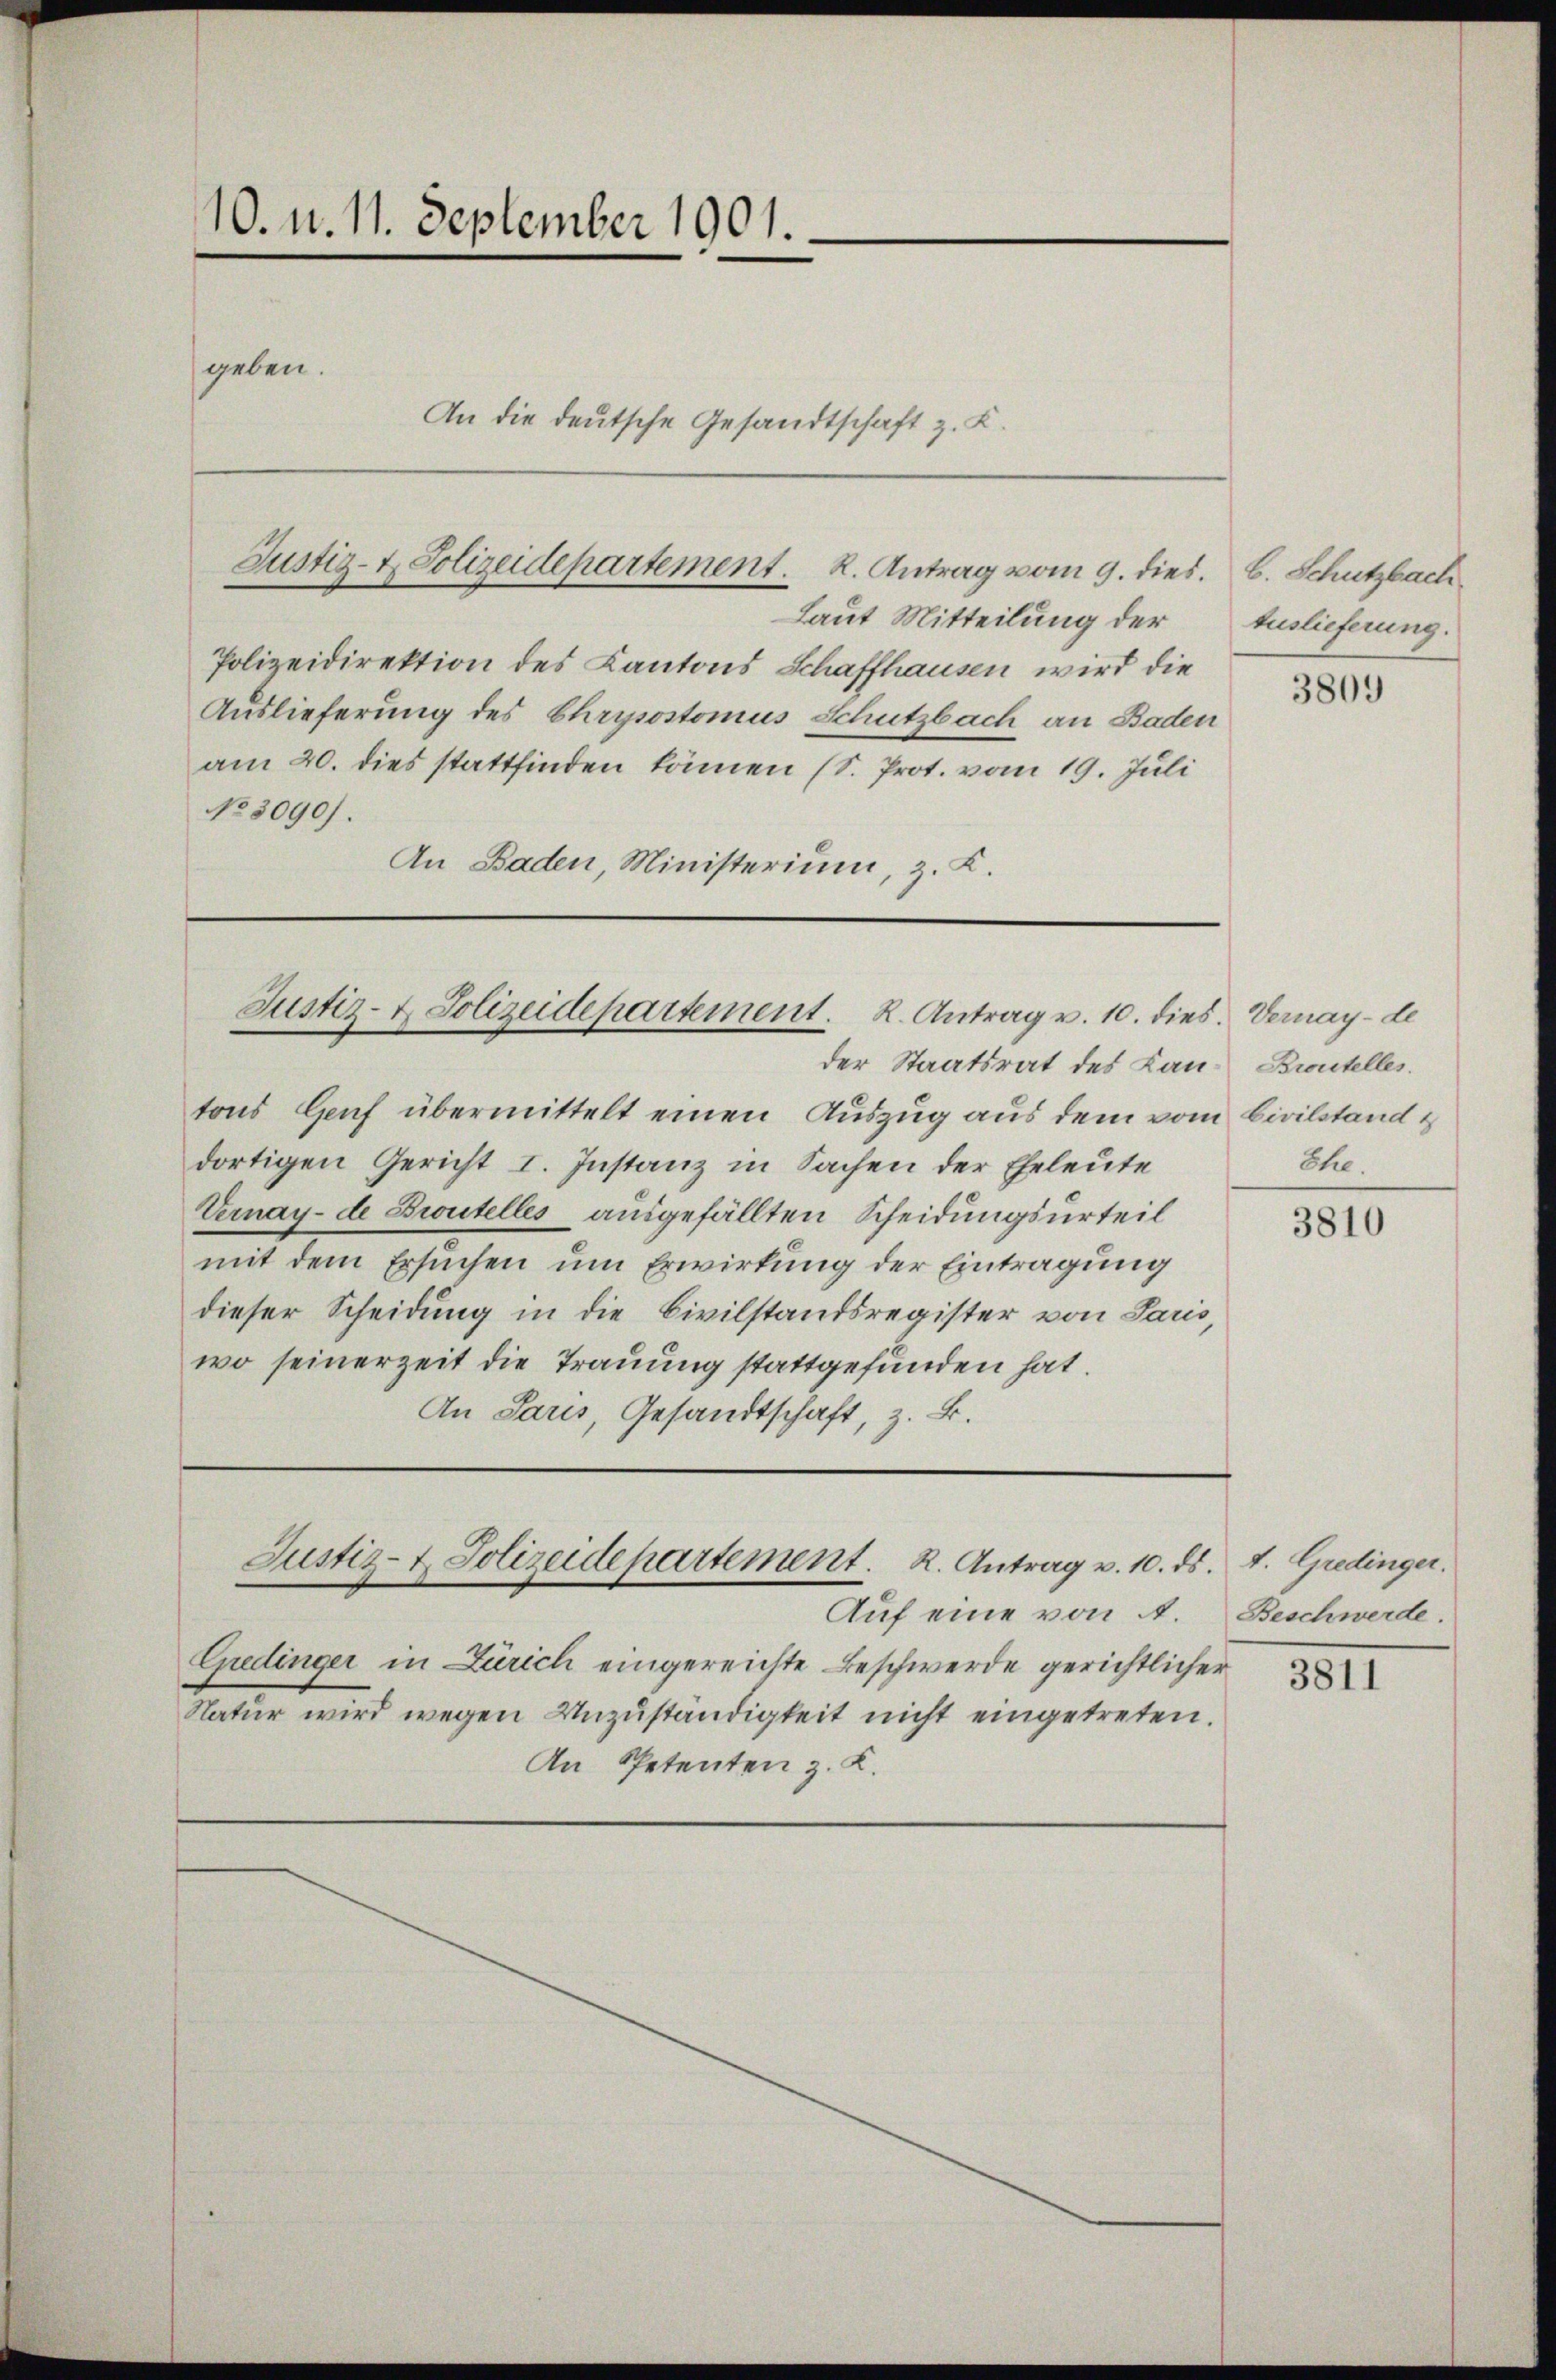
10. d. 11. September 1901.

geben.

Polizeidirektion des Kantons Schaffhausen wird die
Auslieferung des Chrysostomus Schutzbach an Baden
am 20. dies stattfinden können (S. Prot. vom 19. Juli
No 8090).
An Baden, Ministerium, z. K.

An die deutsche Gesandtschaft z. K.

Justiz- & Polizeidepartement. R. Antrag vom 9. dies.

Laut Mitteilung der

Justiz- & Polizeidepartement. K. Antrag v. 10. dies. Vernay-de
der Staatsrat des Lan- Brutelles.

tons Genf übermittelt einen Auszug aus dem vom Civilstand &
dortigen Gericht I. Instanz in Sachen der Eheleute
Vernay- de Brautelles ausgefällten Scheidungsurteil
mit dem Ersuchen um Erwirkung der Eintragung
dieser Scheidung in die Civilstandsregister von Paris,
wo seinerzeit die Trauung stattgefunden hat.
An Paris, Gesandtschaft, z. B.

Justiz- & Polizeidepartement. R. Antrag v. 10. ds. d. Gredinger.

Auf eine von A.
Gredinger in Zürich eingereichte Beschwerde gerichtlicher
Natur wird wegen Unzuständigkeit nicht eingetreten.
An Spetenten z. K.

b. Schutzbach
Auslieferung.

3809

The.

3810

Beschwerde.

3811